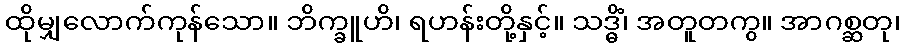
ထိုမျှလောက်ကုန်သော။ ဘိက္ခူဟိ၊ ရဟန်းတို့နှင့်။ သဒ္ဓိံ၊ အတူတကွ။ အာဂစ္ဆတု၊